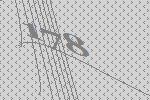
178